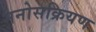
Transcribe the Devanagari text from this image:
मनोसक्रियण